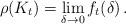
LaTeX: \begin{align*}\rho(K_t)=\lim_{\delta\to 0} f_t(\delta)\,.\end{align*}